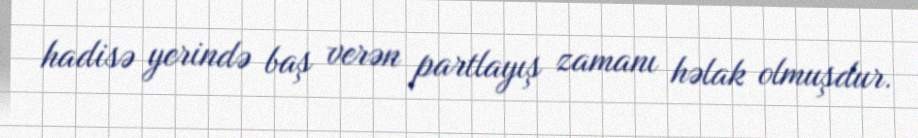
hadisə yerində baş verən partlayış zamanı həlak olmuşdur.